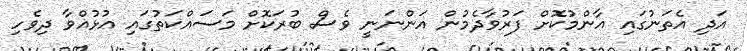
އަދި އެތަނުގައި އާންމުކޮށް ފަރުވާދެމުން އަންނަނީ ވެސް ބުރަކޮށް މަސައްކަތުގައި އުޅުއްވާ ދިވެހި